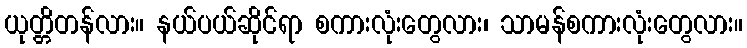
ယုတ္တိတန်လား။ နယ်ပယ်ဆိုင်ရာ စကားလုံးတွေလား၊ သာမန်စကားလုံးတွေလား။